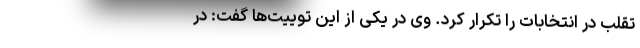
تقلب در انتخابات را تکرار کرد. وی در یکی از این توییت‌ها گفت: در